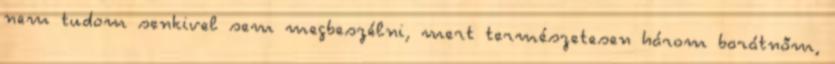
nem tudom senkivel sem megbeszélni, mert természetesen három barátnőm,